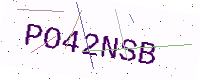
Text: PO42NSB